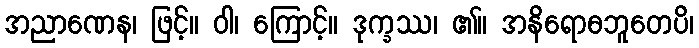
အညာဏေန၊ ဖြင့်။ ဝါ၊ ကြောင့်။ ဒုက္ခဿ၊ ၏။ အနိရောဓဘူတေပိ၊